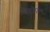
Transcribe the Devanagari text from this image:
घेतलेल्य